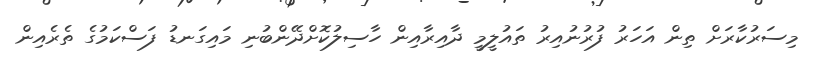
މިސަރުކާރަށް ތިން އަހަރު ފުރުނުއިރު ތައުލީމީ ދާއިރާއިން ހާސިލުކޮށްދޭންބުނި މައިގަނޑު ފަސްކަމުގެ ތެރެއިން